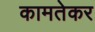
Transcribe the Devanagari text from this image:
कामतेकर